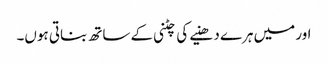
اور میں ہرے دھنیے کی چٹنی کے ساتھ بناتی ہوں۔